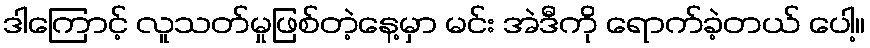
ဒါကြောင့် လူသတ်မှုဖြစ်တဲ့နေ့မှာ မင်း အဲဒီကို ရောက်ခဲ့တယ် ပေါ့။